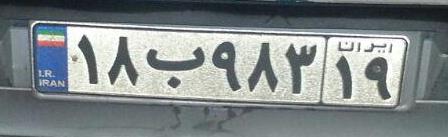
۱۸ب۹۸۳۱۹